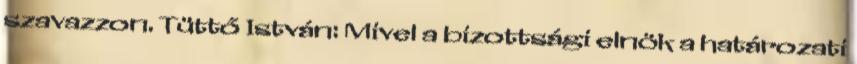
szavazzon. Tüttő István: Mivel a bizottsági elnök a határozati